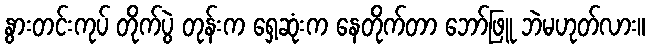
နွားတင်းကုပ် တိုက်ပွဲ တုန်းက ရှေ့ဆုံးက နေတိုက်တာ ဘော်ဖြူ ဘဲမဟုတ်လား။